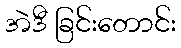
အဲဒီ ခြင်းတောင်း